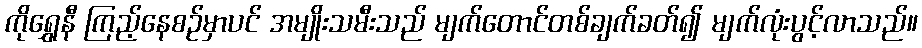
ကိုရွှေနီ ကြည့်နေစဉ်မှာပင် အမျိုးသမီးသည် မျက်တောင်တစ်ချက်ခတ်၍ မျက်လုံးပွင့်လာသည်။